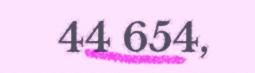
44 654,